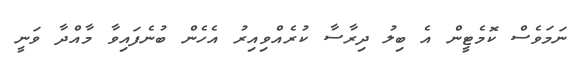
ނަމަވެސް ކޮމެޓީން އެ ބިލު ދިރާސާ ކުރެއްވިއިރު އެހެން ބުނެފައިވާ މާއްދާ ވަނީ